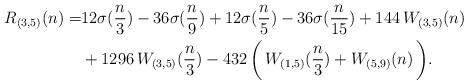
LaTeX: \begin{align*}R_{(3,5)}(n) = & 12\sigma(\frac{n}{3}) - 36\sigma(\frac{n}{9}) + 12\sigma(\frac{n}{5}) -36\sigma(\frac{n}{15}) + 144\, W_{(3,5)}(n) \\ & + 1296\, W_{(3,5)}(\frac{n}{3}) - 432\, \biggl(\, W_{(1,5)}(\frac{n}{3}) + W_{(5,9)}(n)\, \biggr). \end{align*}